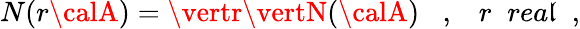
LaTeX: N(r{\calA})=\vertr\vertN({\calA})\; \; \; ,\; \; \; r\; \; rea\mathfrak{l}\; \; ,